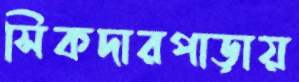
সিকদারপাড়ায়